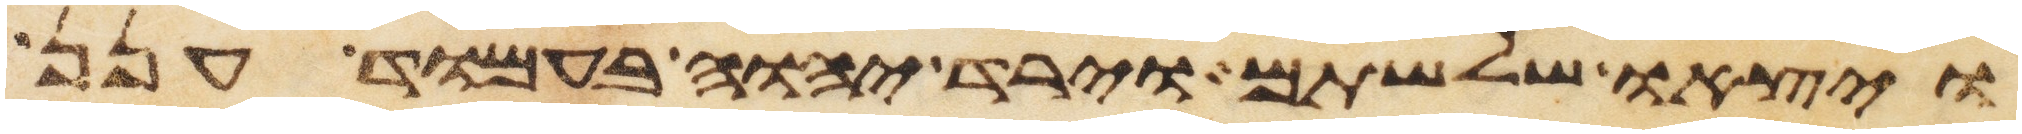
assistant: ויצאו שלשתם וירד יהוה בעמוד הענן